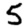
Digit: 5